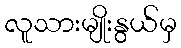
လူသားမျိုးနွယ်မှ